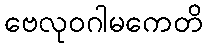
ဗေလုဝဂါမကေတိ